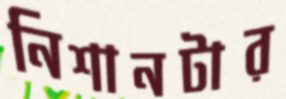
নিশানটার